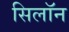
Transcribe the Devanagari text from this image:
सिलॉन